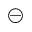
\circleddash